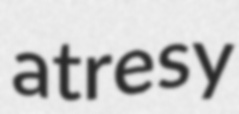
atresy